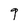
Character: 9